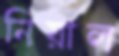
নিয়াল